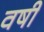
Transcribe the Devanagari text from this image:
वषी